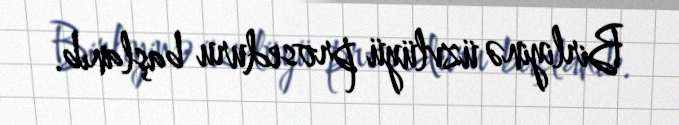
Birliyinə üzvlüyü proseduru başlanıb.